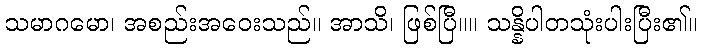
သမာဂမော၊ အစည်းအဝေးသည်။ အာသိ၊ ဖြစ်ပြီ။။ သန္နိပါတသုံးပါးပြီး၏။